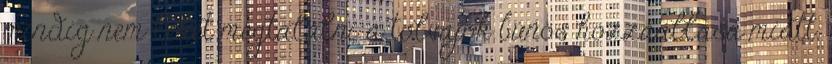
mindig nem lehet megtalálni a tolvajok bűnös hozzáállása miatt.